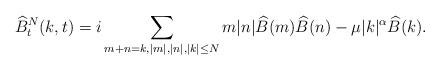
LaTeX: \begin{align*}\widehat B_t^N(k,t)=i\sum_{m+n=k, |m|, |n|,|k|\leq N} m|n|\widehat B(m) \widehat B(n)-\mu |k|^\alpha\widehat B(k).\end{align*}